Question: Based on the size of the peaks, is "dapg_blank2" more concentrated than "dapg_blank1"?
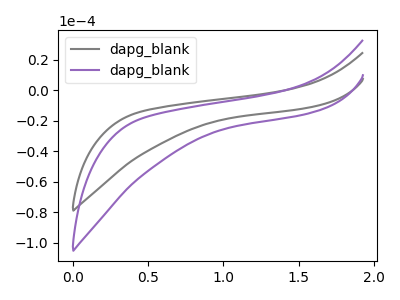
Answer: <think>The gray curve "dapg_blank1" has no peaks. The purple curve "dapg_blank2" has no peaks.
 Neither "dapg_blank1" or "dapg_blank2" have any peaks.</think>
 <answer>I cant tell if "dapg_blank1" or "dapg_blank2" has higher concentration.</answer>
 <eval>mixed_concentration</eval>